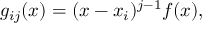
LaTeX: g _ { i j } ( x ) = ( x - x _ { i } ) ^ { j - 1 } f ( x ) ,